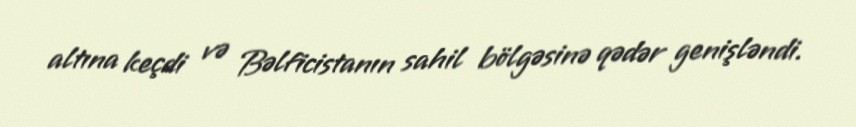
altına keçdi və Bəlficistanın sahil bölgəsinə qədər genişləndi.